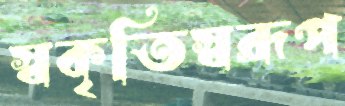
স্বকৃতিস্বরূপ